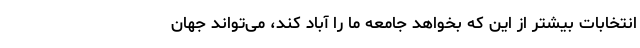
انتخابات بیشتر از این که بخواهد جامعه ما را آباد کند، می‌تواند جهان